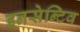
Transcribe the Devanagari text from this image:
इनसेन्टिव